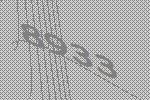
8933